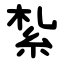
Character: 紮